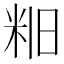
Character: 𫂻